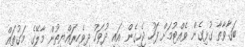
ބަގާވާތާ ގުޅިގެން ވެއްޓުމަށް ފަހު ޖެހިގެން އައި ދުވަހު ދިވެހިރައްޔިތުން މާލޭގެ މަގުތައް